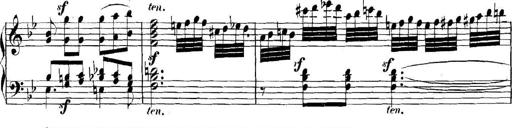
Title: Collected Piano Sonatas
Composer: Muzio Clementi